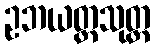
ဥဘယတ္ထသုတ္တ